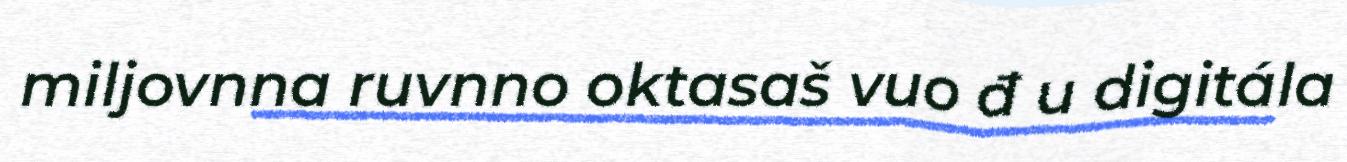
miljovnna ruvnno oktasaš vuo đ u digitála